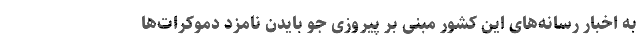
به اخبار رسانه‌های این کشور مبنی بر پیروزی جو بایدن نامزد دموکرات‌ها